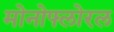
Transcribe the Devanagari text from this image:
मोनोफ्लोरल